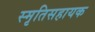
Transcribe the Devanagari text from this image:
स्मृतिसहायक